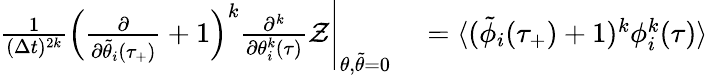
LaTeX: \begin{array}{rl}{\frac{1}{(\Delta t)^{2k}}\left(\frac{\partial}{\partial\tilde{\theta}_{i}(\tau_{+})}+1\right)^{k}\frac{\partial^{k}}{\partial\theta_{i}^{k}(\tau)}\mathcal{Z}\Bigg|_{\theta,\tilde{\theta}=0}}&{{}=\langle(\tilde{\phi}_{i}(\tau_{+})+1)^{k}\phi_{i}^{k}(\tau)\rangle}\end{array}